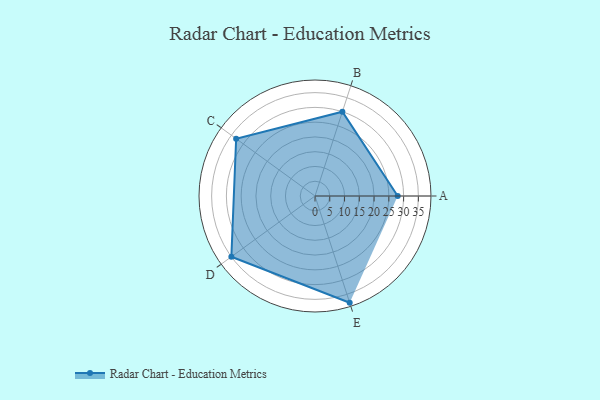
{"axis": {"x": "Skill", "y": "Score"}, "legend": ["Profile"], "data": [{"x": "A", "y": 28.0, "type": "Profile"}, {"x": "B", "y": 30.0, "type": "Profile"}, {"x": "C", "y": 33.0, "type": "Profile"}, {"x": "D", "y": 35.0, "type": "Profile"}, {"x": "E", "y": 38.0, "type": "Profile"}]}